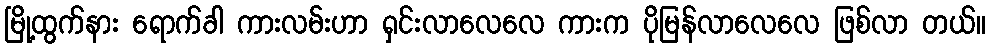
မြို့ထွက်နား ရောက်ခါ ကားလမ်းဟာ ရှင်းလာလေလေ ကားက ပိုမြန်လာလေလေ ဖြစ်လာ တယ်။